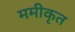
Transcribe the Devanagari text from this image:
ममीकृत